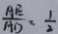
\frac { A E } { A D } = \frac { 1 } { 2 }